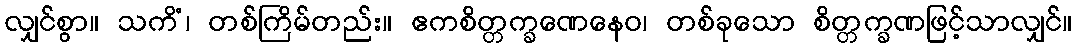
လျှင်စွာ။ သကိံ၊ တစ်ကြိမ်တည်း။ ဧကစိတ္တက္ခဏေနေဝ၊ တစ်ခုသော စိတ္တက္ခဏဖြင့်သာလျှင်။